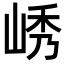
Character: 𫵿